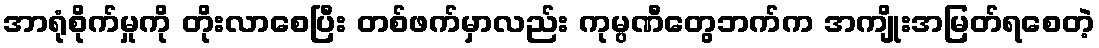
အာရုံစိုက်မှုကို တိုးလာစေပြီး တစ်ဖက်မှာလည်း ကုမ္ပဏီတွေဘက်က အကျိုးအမြတ်ရစေတဲ့